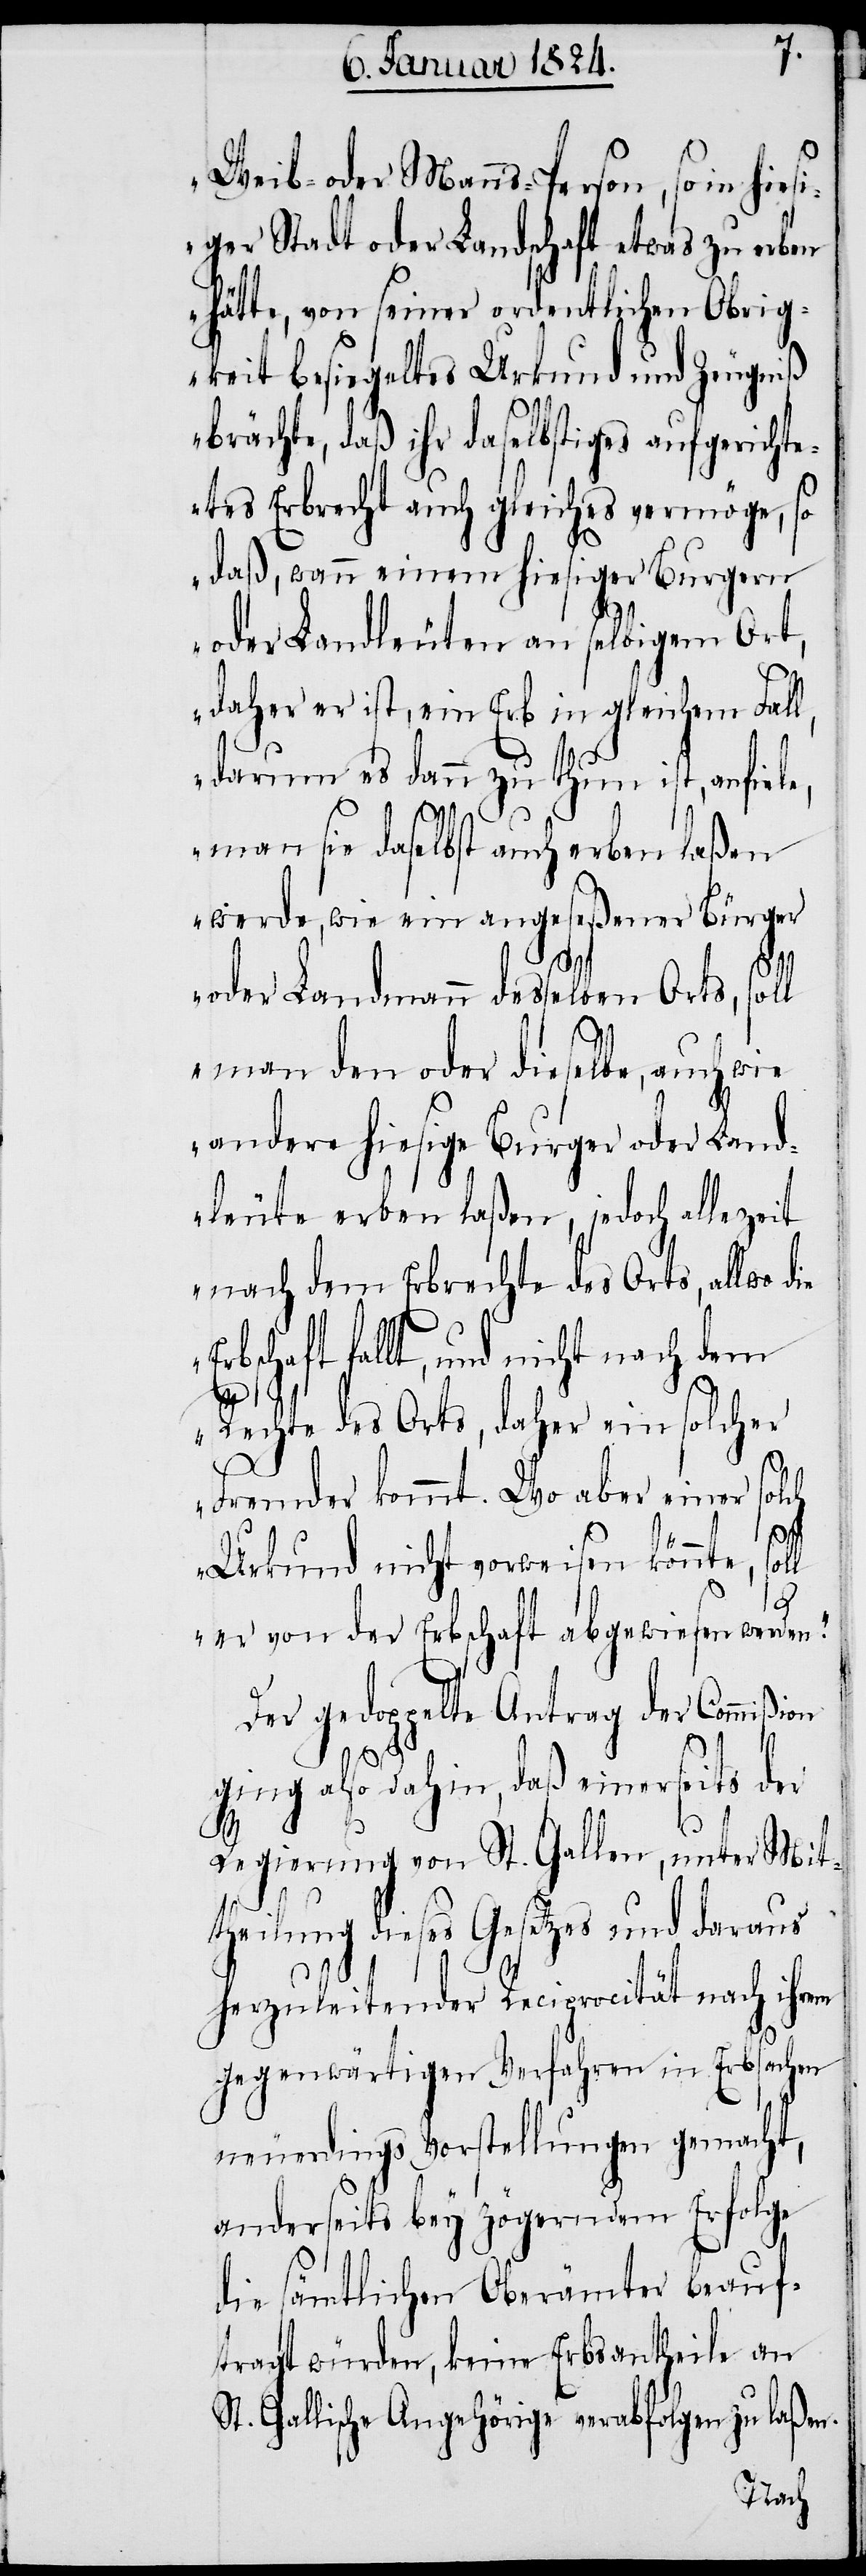
Weib- oder Mannsperson, so in
iger Stadt oder Landschaft etwas zu erben
hätte, von seiner ordentlichen Obrig¬
keit besiegeltes Urkund und Zeugniß
brächte, daß ihr daselbstiges aufgericht¬
etes Erbrecht auch gleiches vermöge, so
daß, wann einem hiesiger Burgern
oder Landleuten an selbigem Ort,
daher er ist, ein Erb in gleichem Fal¬
darum es dann zu thun ist, anfie¬
ie E¬
man sie daselbst auch erben laßen
werde, wie ein angeseßener Bürger
e,
oder Landmann desselben Orts, soll
man den oder dieselbe, auch wie
andere hiesige Burger oder Land¬
leute erben laßen, jedoch allezeit
nach dem Erbrechte des Orts, allwo d¬
rbschaft fallt, und nicht nach dem
Rechte des Orts, daher ein solcher
Fremder kommt. wo aber einer solch
soll
Urkund nicht vorweisen könnt¬
er von der Erbschaft abgewiesen werden.“
Der gedoppelte Antrag der Commißion
ging also dahin, daß einerseits der
le,
Regierung von St. Gallen, unter Mit¬
theilung dieses Gesetzes und daraus
herzuleitender Reciprocität nach ihrem
gegenwärtigen Verfahren in Erbsachen
neuerdings Vorstellungen gemacht,
anderseits bey zögerndem Erfolge
die sämtlichen Oberämter beauf¬
tragt würden, keine Erbsantheile an
St. Gallische Angehörige verabfolgen zu laßen.